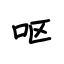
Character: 呕